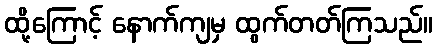
ထို့ကြောင့် နောက်ကျမှ ထွက်တတ်ကြသည်။